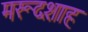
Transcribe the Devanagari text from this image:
मरूदशाह